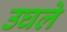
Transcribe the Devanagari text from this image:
उघले